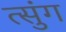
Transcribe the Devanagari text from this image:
त्सुंग